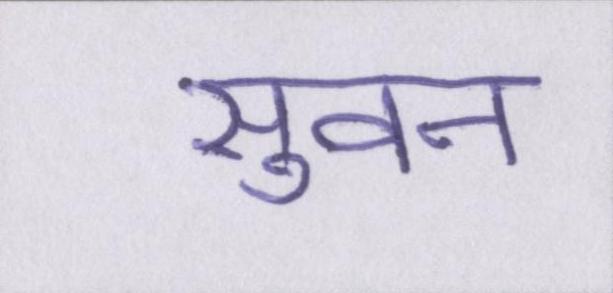
सुवन